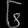
Digit: ၆